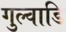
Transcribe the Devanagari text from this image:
गुल्वाडि